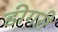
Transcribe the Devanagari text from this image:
डीगरी